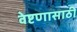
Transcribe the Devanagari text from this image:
वेष्टणासाठी